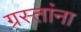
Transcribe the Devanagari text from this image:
ग्रस्तांना